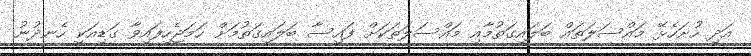
އަދި ހުށަހެޅޭ މައްސަލަތައް ބަލައިގަތުމާއި މައްސަލަތަކަށް ފައިސާ ބަލައިގަތުމަށް ހަމަޖެހިފައިވާ ގަޑިއަކީ ހެނދުނު